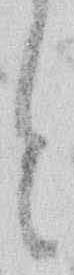
と